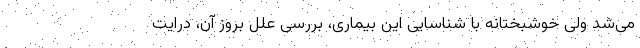
می‌شد ولی خوشبختانه با شناسایی این بیماری، بررسی علل بروز آن، درایت